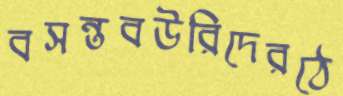
বসন্তবউরিদেরঠে